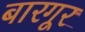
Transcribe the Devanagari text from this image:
बारगूर